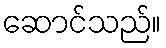
ဆောင်သည်။